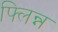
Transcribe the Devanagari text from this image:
फ्लिन्न